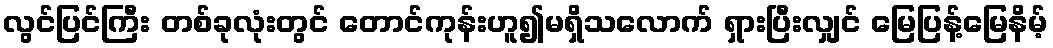
လွင်ပြင်ကြီး တစ်ခုလုံးတွင် တောင်ကုန်းဟူ၍မရှိသလောက် ရှားပြီးလျှင် မြေပြန့်မြေနိမ့်